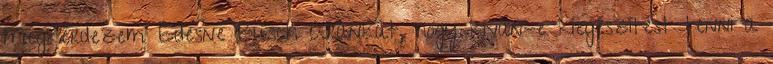
Megkérdezem Édesné Busch Arankát, hogy kíván-e kiegészítést tenni a